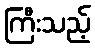
ကြီးသည့်